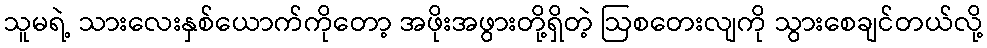
သူမရဲ့ သားလေးနှစ်ယောက်ကိုတော့ အဖိုးအဖွားတို့ရှိတဲ့ ဩစတေးလျကို သွားစေချင်တယ်လို့